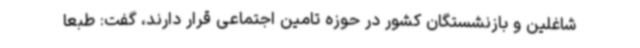
شاغلین و بازنشستگان کشور در حوزه تامین اجتماعی قرار دارند، گفت: طبعا